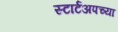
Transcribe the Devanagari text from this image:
स्टार्टअपच्या